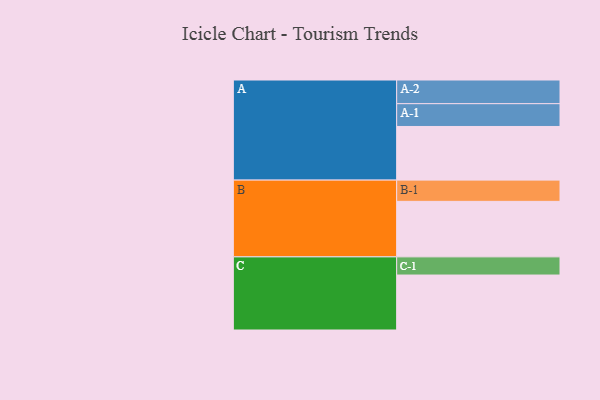
{"axis": {"x": "Segment", "y": "Value"}, "legend": ["", "A", "B", "C"], "data": [{"x": "A", "y": 487, "type": ""}, {"x": "B", "y": 504, "type": ""}, {"x": "C", "y": 499, "type": ""}, {"x": "A-1", "y": 207, "type": "A"}, {"x": "A-2", "y": 215, "type": "A"}, {"x": "B-1", "y": 193, "type": "B"}, {"x": "C-1", "y": 165, "type": "C"}]}